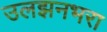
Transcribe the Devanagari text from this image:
उलझनभरा